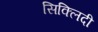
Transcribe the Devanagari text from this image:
सिक्लिदी